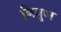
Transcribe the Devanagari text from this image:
निपूण